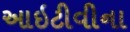
આઇટીવીના